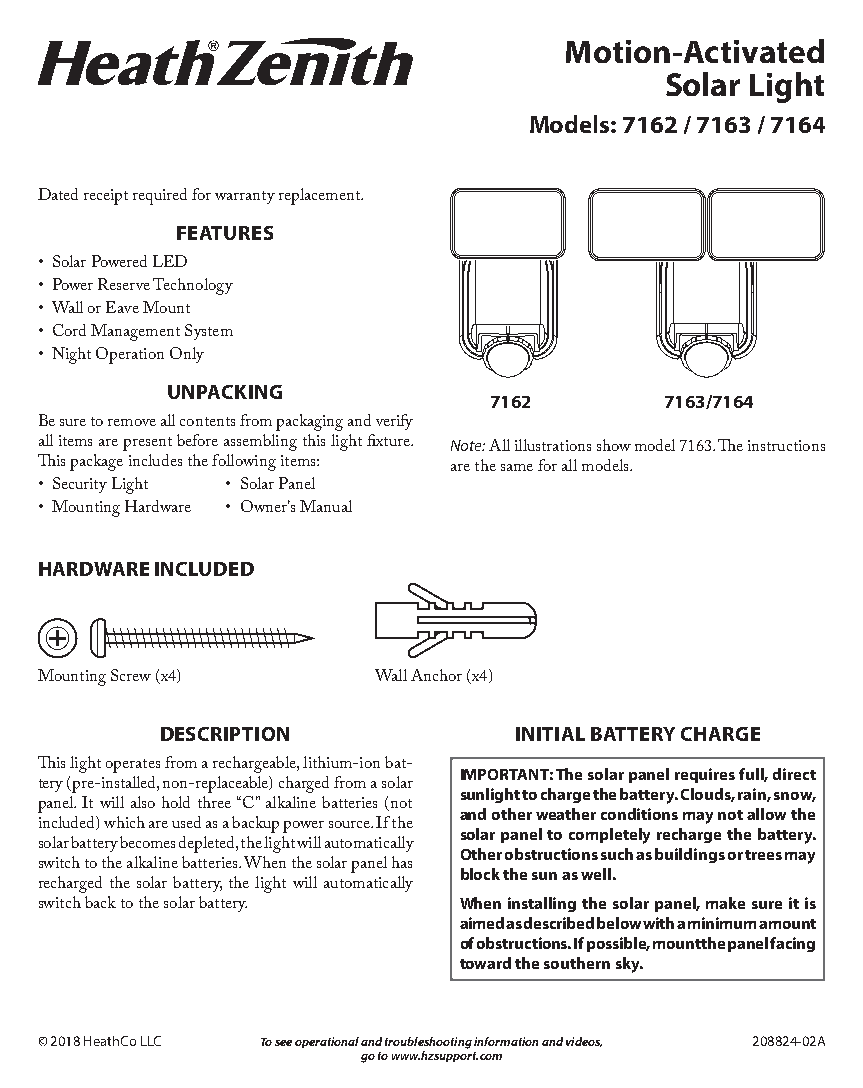
Motion-Activated
 Solar Light
 Models: 7162 / 7163 / 7164
 Dated receipt required for warranty replacement.
 FEATURES
 • Solar Powered LED
 • Power Reserve Technology
 • Wall or Eave Mount
 • Cord Management System
 W            W
 • Night Operation Only
 UNPACKING
 7162        7163/7164
 Be sure to remove all contents from packaging and verify
 all items are present before assembling this light fixture. Note: All illustrations show model 7163. The instructions
 This package includes the following items: are the same for all models.
 • Security Light • Solar Panel
 • Mounting Hardware • Owner’s Manual
 HARDWARE INCLUDED
 Mounting Screw (x4)    Wall Anchor (x4)
 DESCRIPTION            INITIAL BATTERY CHARGE
 This light operates from a rechargeable, lithium-ion bat- IMPORTANT: The solar panel requires full, direct
 tery (pre-installed, non-replaceable) charged from a solar sunlight to charge the battery. Clouds, rain, snow,
 panel. It will also hold three “C” alkaline batteries (not and other weather conditions may not allow the
 included) which are used as a backup power source. If the solar panel to completely recharge the battery.
 solar battery becomes depleted, the light will automatically Other obstructions such as buildings or trees may
 switch to the alkaline batteries. When the solar panel has block the sun as well.
 recharged the solar battery, the light will automatically
 switch back to the solar battery. When installing the solar panel, make sure it is
 aimed as described below with a minimum amount
 of obstructions. If possible, mount the panel facing
 toward the southern sky.
 © 2018 HeathCo LLC To see operational and troubleshooting information and videos, 208824-02A
 go to www.hzsupport.com